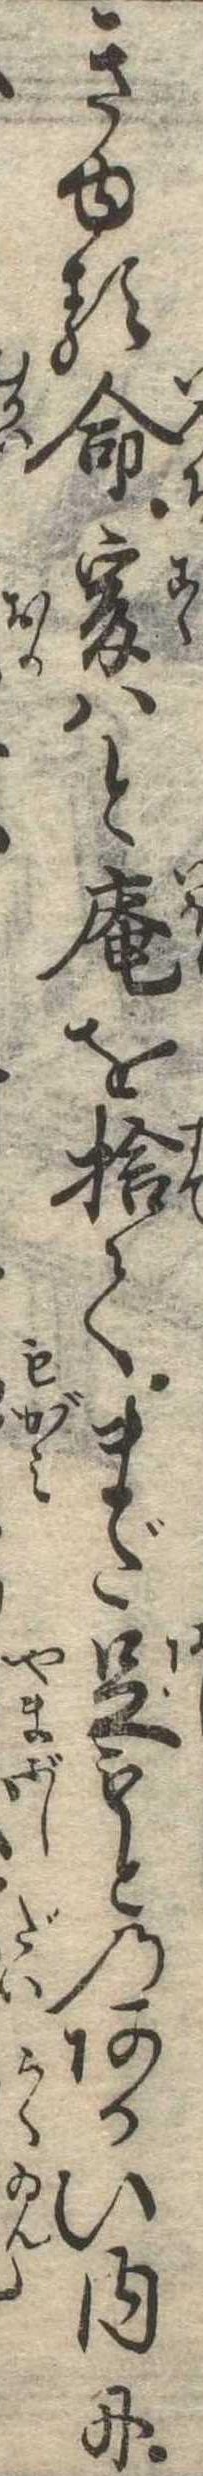
きゆる命爰はと庵を捨てまだ足もとのあかい内に